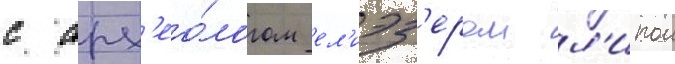
с арх'ео́логом ел'иэз'ером л'ипои